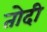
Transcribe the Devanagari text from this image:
तोदी